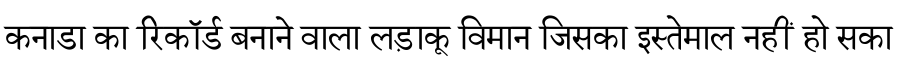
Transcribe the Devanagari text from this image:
कनाडा का रिकॉर्ड बनाने वाला लड़ाकू विमान जिसका इस्तेमाल नहीं हो सका